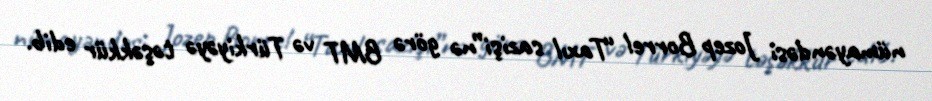
nümayəndəsi Jozep Borrel “Taxıl sazişi”nə görə BMT və Türkiyəyə təşəkkür edib.